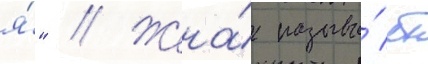
я́" // Жена́ называ́ет